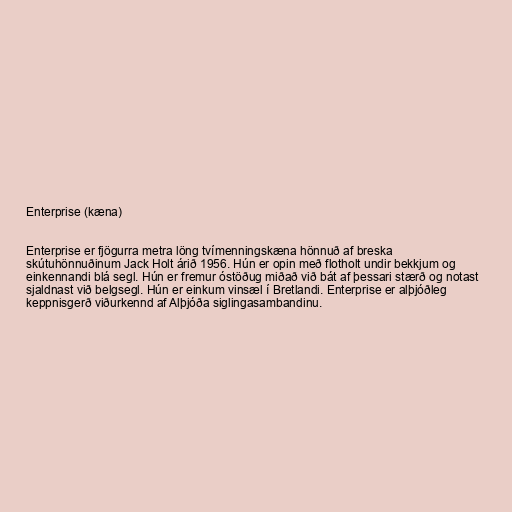
Enterprise (kæna)

Enterprise er fjögurra metra löng tvímenningskæna hönnuð af breska
skútuhönnuðinum Jack Holt árið 1956. Hún er opin með flotholt undir bekkjum og
einkennandi blá segl. Hún er fremur óstöðug miðað við bát af þessari stærð og notast
sjaldnast við belgsegl. Hún er einkum vinsæl í Bretlandi. Enterprise er alþjóðleg
keppnisgerð viðurkennd af Alþjóða siglingasambandinu.